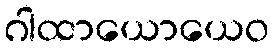
ဂါထာယောယေဝ